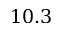
1 0 . 3